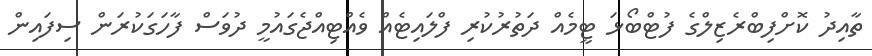
ތާއިދު ކޮށްފިބްރެޒިލްގެ ފުޓްބޯޅަ ޓީމެއް ދަތުރުކުރި ފްލައިޓެއް ވެއްޓިއްޖެގައުމީ ދުވަސް ފާހަގަކުރަން ސިފައިން